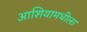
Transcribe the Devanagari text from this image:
आशियामधीला